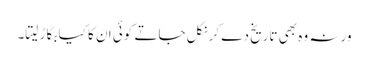
ورنہ وہ بھی تاریخ دے کر نکل جاتے کوئی ان کا کیا بگاڑ لیتا۔